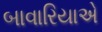
બાવારિયાએ